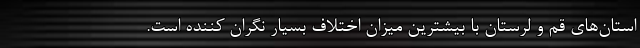
استان‌های قم و لرستان با بیشترین میزان اختلاف بسیار نگران کننده است.